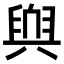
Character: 𮍬